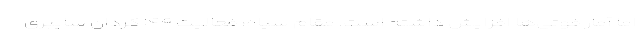
اما آمار فوتی‌ها افزایش داشته است. مقام سپاه: فعالیت ۱۴۴ گردان سایبری